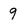
Character: 9